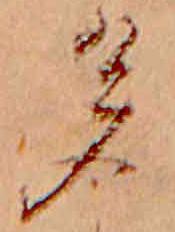
多